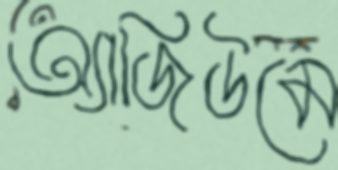
অ্যাজিউমে